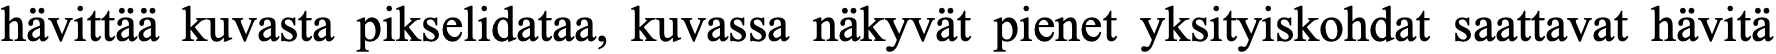
hävittää kuvasta pikselidataa, kuvassa näkyvät pienet yksityiskohdat saattavat hävitä